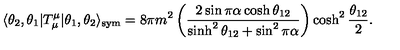
\langle \theta _ { 2 } , \theta _ { 1 } | T _ { \mu } ^ { \mu } | \theta _ { 1 } , \theta _ { 2 } \rangle _ { \mathrm { s y m } } = 8 \pi m ^ { 2 } \left( \frac { 2 \sin \pi \alpha \cosh \theta _ { 1 2 } } { \sinh ^ { 2 } \theta _ { 1 2 } + \sin ^ { 2 } \pi \alpha } \right) \cosh ^ { 2 } \frac { \theta _ { 1 2 } } { 2 } .